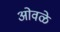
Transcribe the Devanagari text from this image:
ओवळे